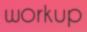
WORKUP